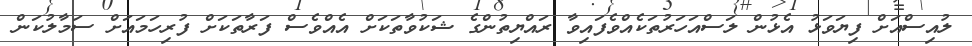
ލުއިސްއަށް ފިޔަވަޅު އެޅުން ލަސްއަހަރުތަކެއްވެފައިވާ ރައްޔިތުންގެ ޝަކުވާތަކަށް އެއްވެސް ފަރާތަކަށް ފުރިހަމައަށް ސަމާލުކަން